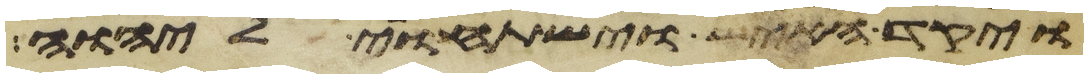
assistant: ויקד האיש וישתחוי ליהוה